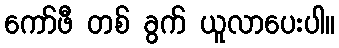
ကော်ဖီ တစ် ခွက် ယူလာပေးပါ။